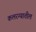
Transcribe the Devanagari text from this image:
कलरग्यातील